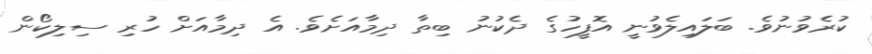
ކުރެވުނުވެ. ބަލައިލެވުނީ އޮފީހުގެ ދެކުނު ބިތާ ދިމާއަށެވެ. އެ ދިމާއަށް ހުރި ސިލިކޯން